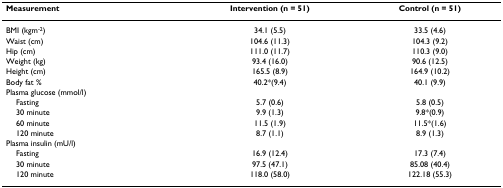
<table><thead><tr><td><b>Measurement</b></td><td><b>Intervention (n = 51)</b></td><td><b>Control (n = 51)</b></td></tr></thead><tbody><tr><td>BMI (kgm<sup>-2</sup>)</td><td>34.1 (5.5)</td><td>33.5 (4.6)</td></tr><tr><td>Waist (cm)</td><td>104.6 (11.3)</td><td>104.3 (9.2)</td></tr><tr><td>Hip (cm)</td><td>111.0 (11.7)</td><td>110.3 (9.0)</td></tr><tr><td>Weight (kg)</td><td>93.4 (16.0)</td><td>90.6 (12.5)</td></tr><tr><td>Height (cm)</td><td>165.5 (8.9)</td><td>164.9 (10.2)</td></tr><tr><td>Body fat %</td><td>40.2*(9.4)</td><td>40.1 (9.9)</td></tr><tr><td>Plasma glucose (mmol/l)</td><td></td><td></td></tr><tr><td> Fasting</td><td>5.7 (0.6)</td><td>5.8 (0.5)</td></tr><tr><td> 30 minute</td><td>9.9 (1.3)</td><td>9.8*(0.9)</td></tr><tr><td> 60 minute</td><td>11.5 (1.9)</td><td>11.5*(1.6)</td></tr><tr><td> 120 minute</td><td>8.7 (1.1)</td><td>8.9 (1.3)</td></tr><tr><td>Plasma insulin (mU/l)</td><td></td><td></td></tr><tr><td> Fasting</td><td>16.9 (12.4)</td><td>17.3 (7.4)</td></tr><tr><td> 30 minute</td><td>97.5 (47.1)</td><td>85.08 (40.4)</td></tr><tr><td> 120 minute</td><td>118.0 (58.0)</td><td>122.18 (55.3)</td></tr></tbody></table>